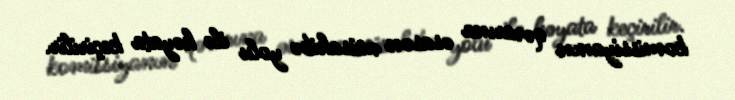
komissiyanın qərarına əsasən müsahibə yolu ilə həyata keçirilir.